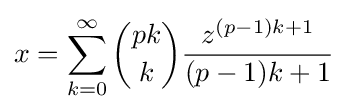
x=\sum _{k=0}^{\infty }{\binom {pk}{k}}{\frac {z^{(p-1)k+1}}{(p-1)k+1}}